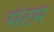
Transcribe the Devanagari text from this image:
मंटम